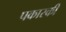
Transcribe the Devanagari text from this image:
पकास्की